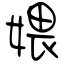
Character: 㛱